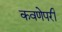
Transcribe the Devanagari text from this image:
कवणेपरी